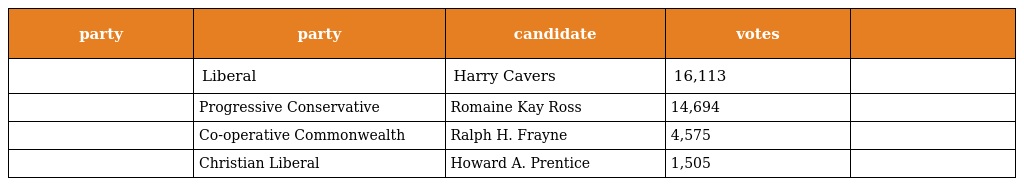
| party | party | candidate | votes |  |
 | --- | --- | --- | --- | --- |
 |  | Liberal | Harry Cavers | 16,113 |  |
 |  | Progressive Conservative | Romaine Kay Ross | 14,694 |  |
 |  | Co-operative Commonwealth | Ralph H. Frayne | 4,575 |  |
 |  | Christian Liberal | Howard A. Prentice | 1,505 |  |